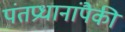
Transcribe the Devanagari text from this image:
पंतप्रधानांपैकी